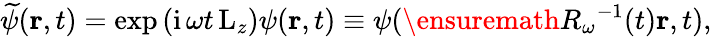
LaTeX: \widetilde{\psi}(\mathbf{r},t)=\exp\left(\mathrm{i}\, \omega t\, \mathrm{L}_{z}\right)\psi(\mathbf{r},t)\equiv\psi(\ensuremath{R_{\omega}}^{-1}(t)\mathbf{r},t),